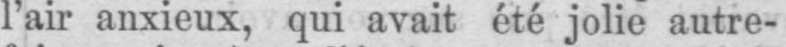
l’air anxieux, qui avait été jolie autre-